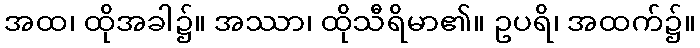
အထ၊ ထိုအခါ၌။ အဿာ၊ ထိုသီရိမာ၏။ ဥပရိ၊ အထက်၌။